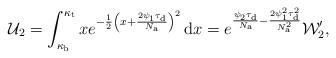
LaTeX: \begin{align*}\mathcal{U}_2=\int_{\kappa_{\rm b}}^{\kappa_{\rm t}}xe^{-\frac{1}{2}\left(x+\frac{2\psi_{1}\tau_{\rm d}}{N_{\rm a}}\right)^2}\,\mathrm{d} x=e^{\frac{\psi_{2}\tau_{\rm d}}{N_{\rm a}}-\frac{2\psi_{1}^2\tau_{\rm d}^2}{N_{\rm a}^2}}\mathcal{W}_2',\end{align*}